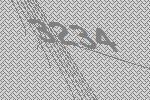
3234